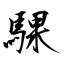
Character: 騍